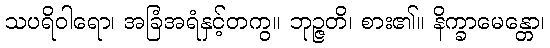
သပရိဝါရော၊ အခြံအရံနှင့်တကွ။ ဘုဉ္ဇတိ၊ စား၏။ နိက္ခာမေန္တော၊